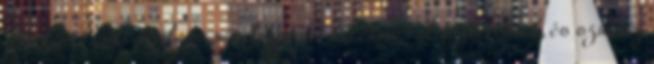
Ráckert rendbetétele is, mivel egyesek kerékpárral közlekednek, és szükség